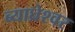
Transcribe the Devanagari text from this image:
ब्याघ्रेश्वर